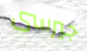
جيرسى